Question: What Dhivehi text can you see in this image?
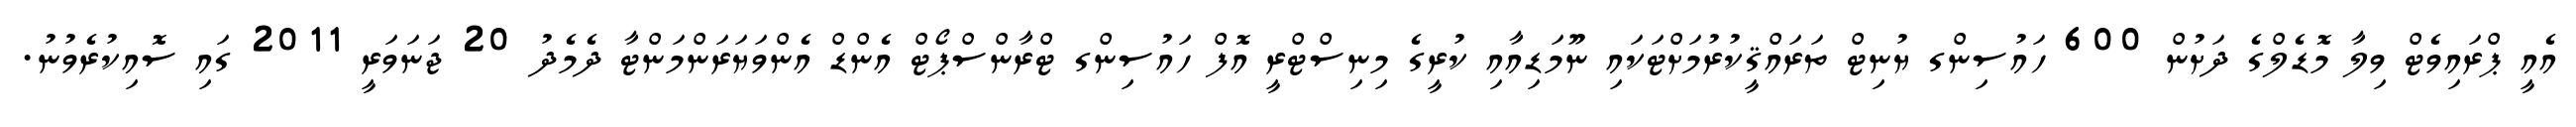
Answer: އެއީ ޕްރައިވެޓް ވިލާ މޮޑެލްގެ ދަށުން 600 ހައުސިންގ ޔުނިޓް ތަރައްޤީކުރުމަށްޓަކައި ނޫމަޑިއާއި ކުރީގެ މިނިސްޓްރީ އޮފް ހައުސިންގ ޓްރާންސްޕޯޓް އެންޑް އެންވަޔަރަންމަންޓާ ދެމެދު 20 ޖަނަވަރީ 2011 ގައި ސޮއިކުރެވުނު.